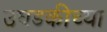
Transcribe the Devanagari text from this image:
उघडकीच्या